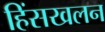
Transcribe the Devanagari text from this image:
हिंसखलन